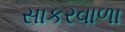
સાકરવાળા